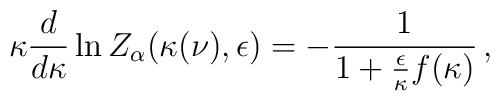
\kappa \frac{d}{d \kappa} \ln Z_{\alpha} (\kappa (\nu), \epsilon) =- \frac{1}{1 + \frac{\epsilon}{\kappa} f (\kappa)} \, ,